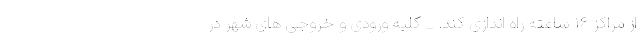
از مراکز ۱۶ ساعته راه اندازی کند. _ کلیه ورودی و خروجی های شهر در